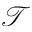
\mathcal { T }